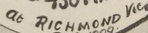
at RICHMOND Vic